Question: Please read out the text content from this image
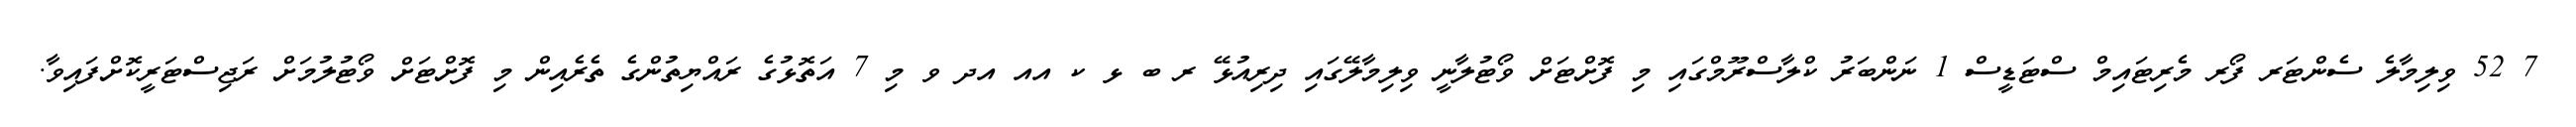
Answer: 7 52 ވިލިމާލެ ސެންޓަރ ފޯރ މެރިޓައިމް ސްޓަޑީސް 1 ނަންބަރު ކްލާސްރޫމްގައި މި ފޮށްޓަށް ވޯޓުލާނީ ވިލިމާލޭގައި ދިރިއުޅޭ ރ ބ ޅ ކ އއ އދ ވ މި 7 އަތޮޅުގެ ރައްޔިތުންގެ ތެރެއިން މި ފޮށްޓަށް ވޯޓުލުމަށް ރަޖިސްޓަރީކޮށްފައިވާ.